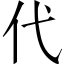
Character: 代